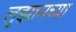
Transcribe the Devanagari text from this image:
लुझानच्या